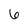
Character: 6